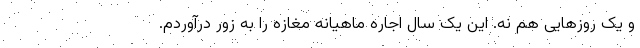
و یک روزهایی هم نه. این یک سال اجاره ماهیانه مغازه را به زور درآوردم.